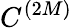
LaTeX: C^{(2M)}